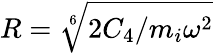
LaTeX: R=\sqrt[6]{2C_{4}/m_{i}\omega^{2}}